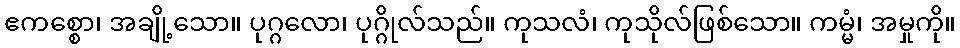
ဧကစ္စော၊ အချို့သော။ ပုဂ္ဂလော၊ ပုဂ္ဂိုလ်သည်။ ကုသလံ၊ ကုသိုလ်ဖြစ်သော။ ကမ္မံ၊ အမှုကို။